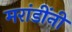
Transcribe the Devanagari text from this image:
मरांडींनी